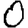
Digit: 0